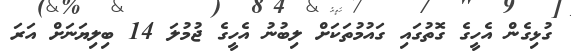
ގުޅިގެން އެހީގެ ގޮތުގައި ގައުމުތަކަށް ލިބުނު އެހީގެ ޖުމުލަ 14 ބިލިޔަނަށް އަރަ